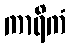
ကာရိကံ